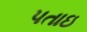
પતાઇ